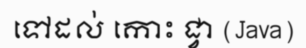
ទៅដល់ កោះ ជ្វា (Java)